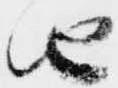
由